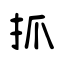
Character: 抓